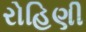
રોહિણી